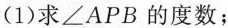
(1)求\angleAPB的度数；